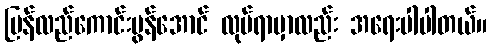
ပြန်လည်ကောင်းမွန်အောင် လုပ်ရာမှာလည်း အရေးပါပါတယ်။